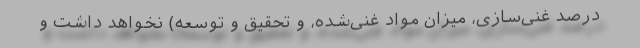
درصد غنی‌سازی، میزان مواد غنی‌شده، و تحقیق و توسعه) نخواهد داشت و